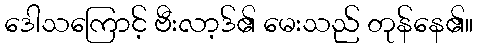
ဒေါသကြောင့် ဗီးလာ့ဒ်၏ မေးသည် တုန်နေ၏။